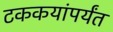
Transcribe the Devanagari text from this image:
टककयांपर्यंत